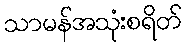
သာမန်အသုံးစရိတ်